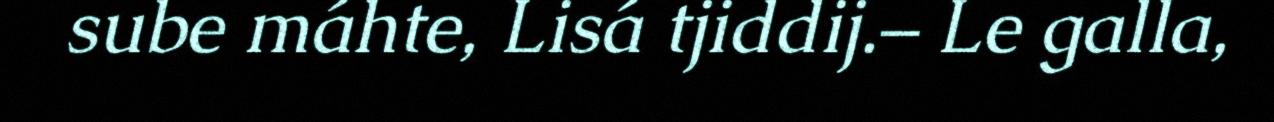
sube máhte, Lisá tjiddij.– Le galla,